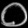
Digit: ၀